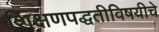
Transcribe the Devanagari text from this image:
शिक्षणपद्धतीविषयीचे